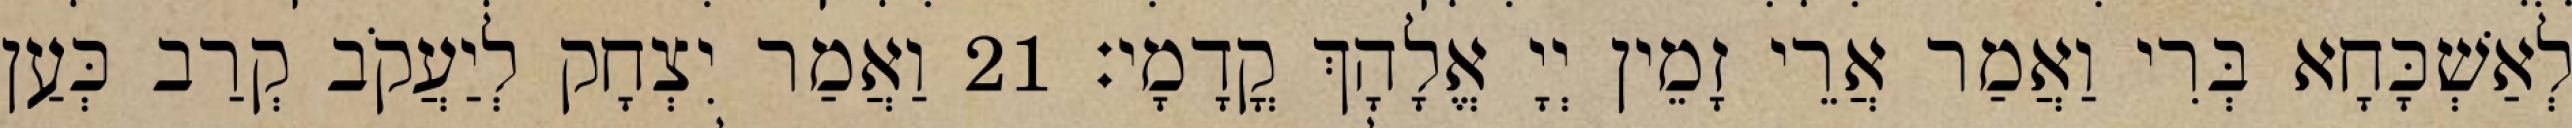
לְאַשְׁכָּחָא בְּרִי וַאֲמַר אֲרֵי זָמֵין יְיָ אֱלָהָךְ קֳדָמָי׃ 21 וַאֲמַר יִצְחָק לְיַעֲקֹב קְרַב כְּעַן